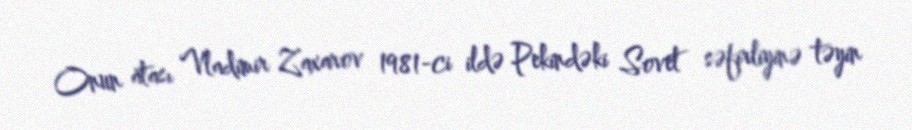
Onun atası Vladimir Zaxarov 1981-ci ildə Pekindəki Sovet səfirliyinə təyin